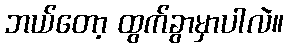
ဘယ်တော့ ထွက်ခွာမှာပါလဲ။